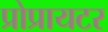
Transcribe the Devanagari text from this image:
प्रोप्रायटर